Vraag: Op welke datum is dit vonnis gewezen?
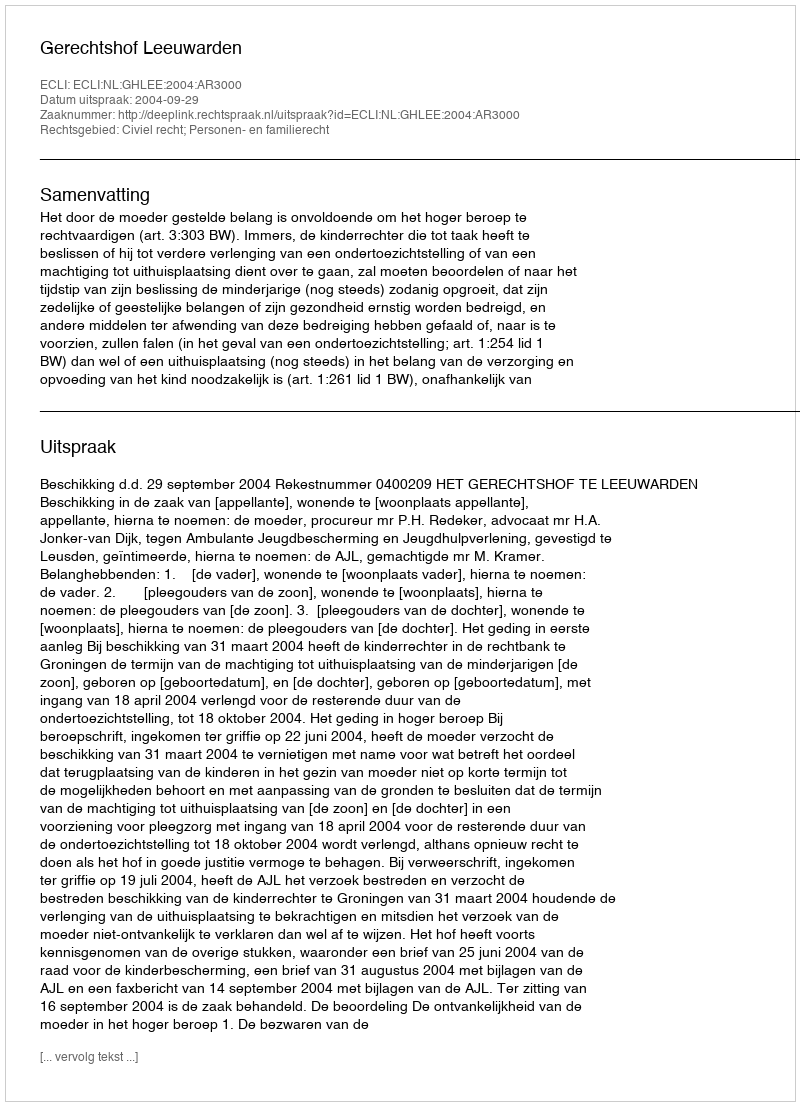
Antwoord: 2004-09-29